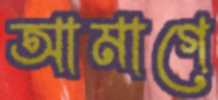
আমাগে